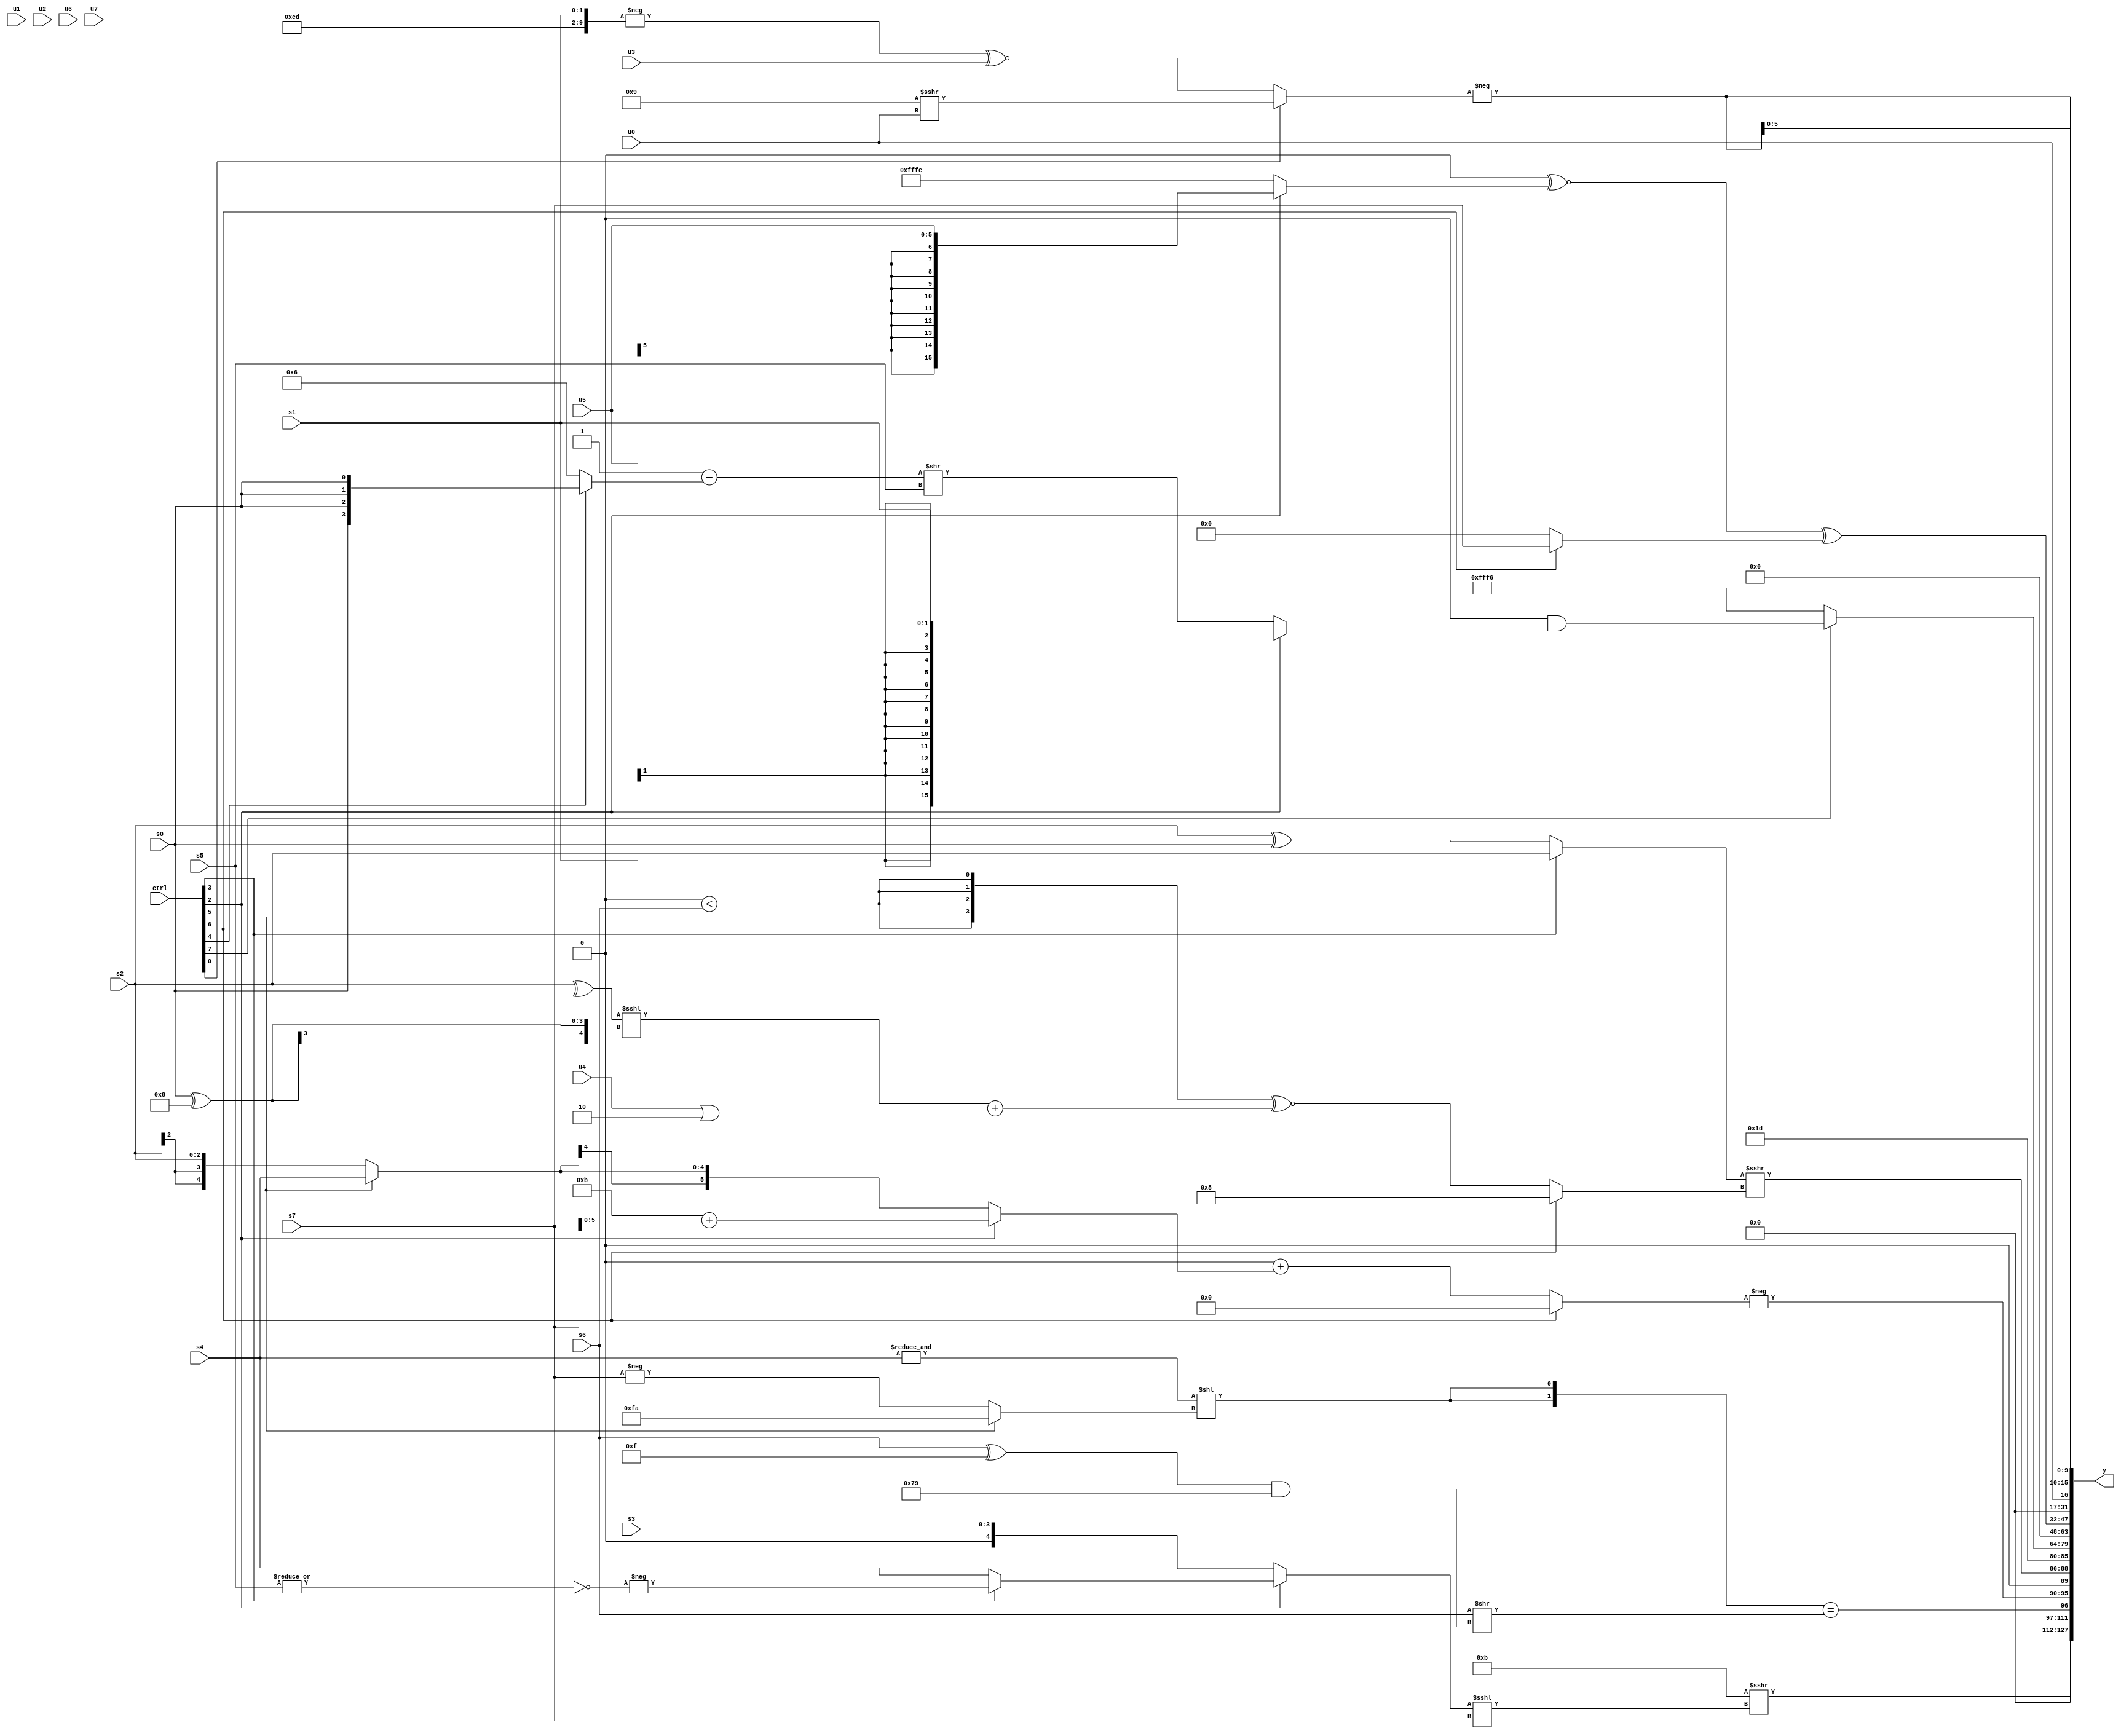
module wideexpr_00338(ctrl, u0, u1, u2, u3, u4, u5, u6, u7, s0, s1, s2, s3, s4, s5, s6, s7, y);
  input [7:0] ctrl;
  input [0:0] u0;
  input [1:0] u1;
  input [2:0] u2;
  input [3:0] u3;
  input [4:0] u4;
  input [5:0] u5;
  input [6:0] u6;
  input [7:0] u7;
  input signed [0:0] s0;
  input signed [1:0] s1;
  input signed [2:0] s2;
  input signed [3:0] s3;
  input signed [4:0] s4;
  input signed [5:0] s5;
  input signed [6:0] s6;
  input signed [7:0] s7;
  output [127:0] y;
  wire [15:0] y0;
  wire [15:0] y1;
  wire [15:0] y2;
  wire [15:0] y3;
  wire [15:0] y4;
  wire [15:0] y5;
  wire [15:0] y6;
  wire [15:0] y7;
  assign y = {y0,y1,y2,y3,y4,y5,y6,y7};
  assign y0 = (5'sb11011)>>>(((ctrl[2]?(ctrl[3]?-(~|(s5)):$signed(s4)):s3))<<<(s7));
  assign y1 = ({2{(&(s4))<<((ctrl[5]?4'sb1010:-(s7)))}})==({(s6)>>(((s6)^(4'sb1111))&(-(3'b111)))});
  assign y2 = {-((ctrl[6]?((ctrl[5]?-(((ctrl[6]?2'b00:4'b0110))^((s1)&(u1))):$signed((ctrl[6]?-(2'sb01):+(4'sb0101)))))>>(+(-({3{{3{5'b01001}}}}))):($signed((6'sb110011)<<(5'sb10001)))+($signed({$signed({1{1'sb0}}),(ctrl[0]?(ctrl[5]?s3:1'sb1):$signed(s5)),(ctrl[2]?(5'sb01011)+(s7):(ctrl[5]?s4:s2))})))),1'sb0,$unsigned(((ctrl[3]?s2:(s2)^(s0)))>>>((ctrl[6]?4'b1000:({4{$signed((2'sb00)<(s6))}})^~(((^(s2))<<<((s0)^(5'sb11000)))+({(u4)|(2'b10)}))))),(6'sb100110)^(4'sb1011)};
  assign y3 = (ctrl[7]?(5'sb00000)&((ctrl[2]?(ctrl[2]?s1:$signed((ctrl[4]?(u0)<<<(u1):u5))):(ctrl[2]?(((s2)>>(6'sb110010))>>($unsigned(6'b010000)))<<($signed((4'b0101)>(4'b0011))):((2'sb11)-((ctrl[4]?s0:4'sb0110)))>>(s5)))):$signed(6'sb110110));
  assign y4 = 1'sb0;
  assign y5 = ((3'sb000)^~((ctrl[2]?+($signed(u5)):+(3'sb110))))^((ctrl[6]?s7:2'sb00));
  assign y6 = u0;
  assign y7 = {2{+(-((ctrl[0]?(6'sb001001)>>>(u0):(-({$signed(3'b110),5'sb01101,s1}))^~($signed(u3)))))}};
endmodule